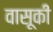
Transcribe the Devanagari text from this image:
वासूकी